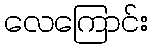
လေကြောင်း